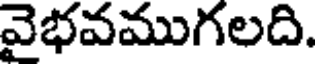
వైభవముగలది.